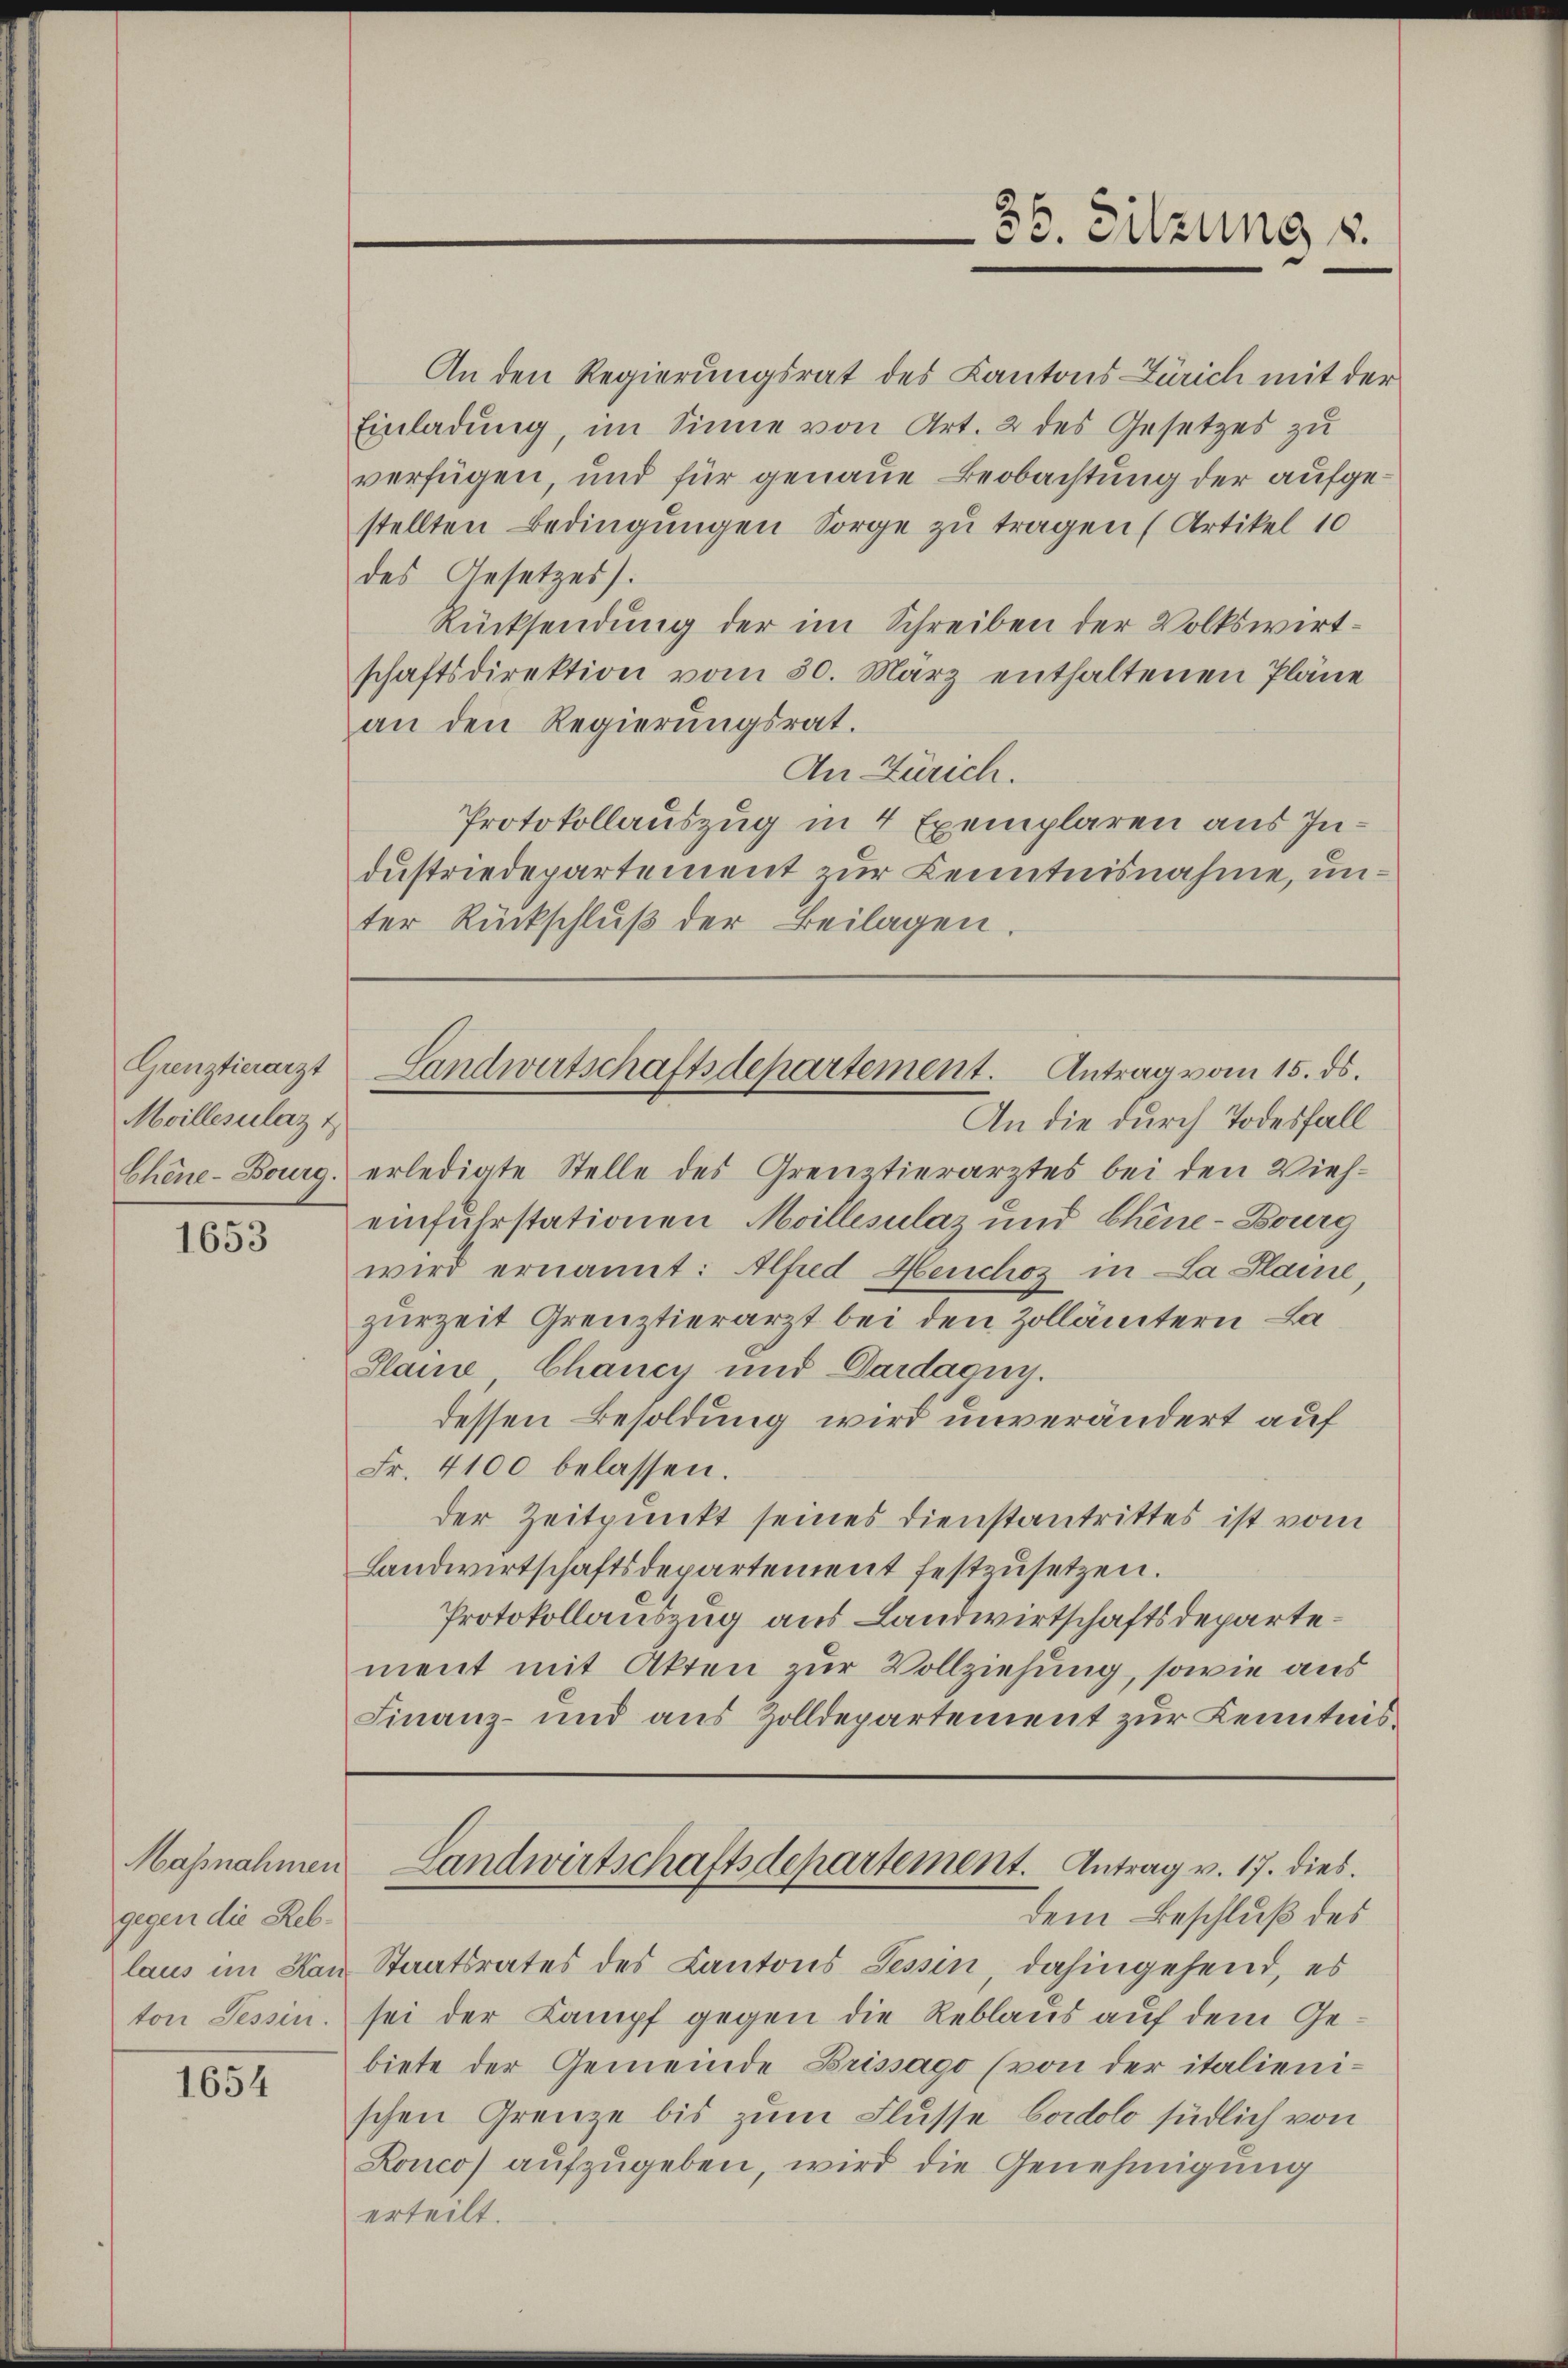
Grenztierarzt
Moillesulat &
Chene-Bourg.

1653

Maßnahmen
gegen die Reblaus im Kan
ton Tessin.

1654

An den Regierungsrat des Kantons Zürich mit der
Einladung, im Sinne von Art. 2 des Gesetzes zu
verfügen und für genaue Beobachtung der aufgestellten Bedingungen Sorge zu tragen (Artikel 10
des Gesetzes).
Rücksendung der im Schreiben der Volkswirtschaftsdirektion vom 30. März enthaltenen Pläne
an den Regierungsrat.
An Zürich.
Protokollauszug in 4 Exemplaren aus Industriedepartement zur Kenntnisnahme, unter Rückschlŭβ der Beilagen.

Landwirtschaftsdepartement. Antrag vom 15. ds.

35. Sitzung v.

Landwirtschaftsdepartement. Antrag v. 17. dies

An die durch Todesfall
erledigte Stelle des Grenztierarztes bei den Vieheinfuhrstationen Moillesulaz und Chine-Bourg
wird ernannt: Alfred Heuchoz in La Plaine,
zurzeit Grenztierarzt bei den Zollämtern La¬
Plaine Chancy und Dardaguy.
dessen Besoldung wird unverändert auf
Fr. 4100 belassen.
der Zeitpunkt seines Dienstantrittes ist vom
Landwirtschaftsdepartement festzusetzen.
Protokollauszug aus Landwirtschaftsdepartement mit Akten zur Vollziehung, sowie aus
Finanz- und aus Zolldepartement zur Kenntnis¬

dem Beschluß des
Staatsrates des Kantons Tessin dahingehend, es
sei der Kampf gegen die Reblaus auf dem Gebiete der Gemeinde Brissago (von der italienischen Grenze bis zum Flusse Cordolo südlich von
Ronco) aŭfzŭgeben, wird die Genehmigung
erteilt.